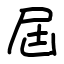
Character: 屆